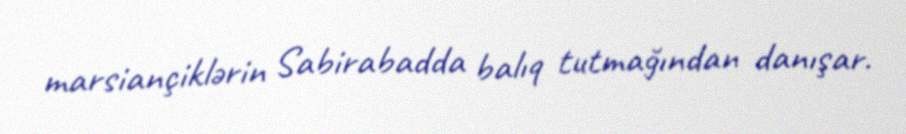
marsiançiklərin Sabirabadda balıq tutmağından danışar.